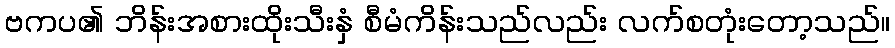
ဗကပ၏ ဘိန်းအစားထိုးသီးနှံ စီမံကိန်းသည်လည်း လက်စတုံးတော့သည်။